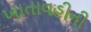
ખાતાવહીની